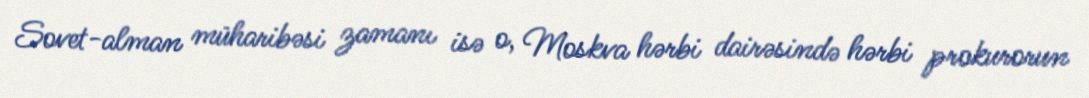
Sovet-alman müharibəsi zamanı isə o, Moskva hərbi dairəsində hərbi prokurorun